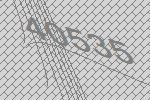
40535